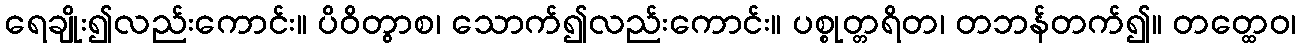
ရေချိုး၍လည်းကောင်း။ ပိဝိတွာစ၊ သောက်၍လည်းကောင်း။ ပစ္စုတ္တရိတ၊ တဘန်တက်၍။ တတ္ထေဝ၊